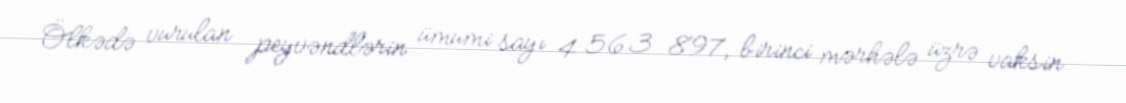
Ölkədə vurulan peyvəndlərin ümumi sayı 4 563 897, birinci mərhələ üzrə vaksin